NAE_ERA_R-2362_Emakeele_Selts, lk 11
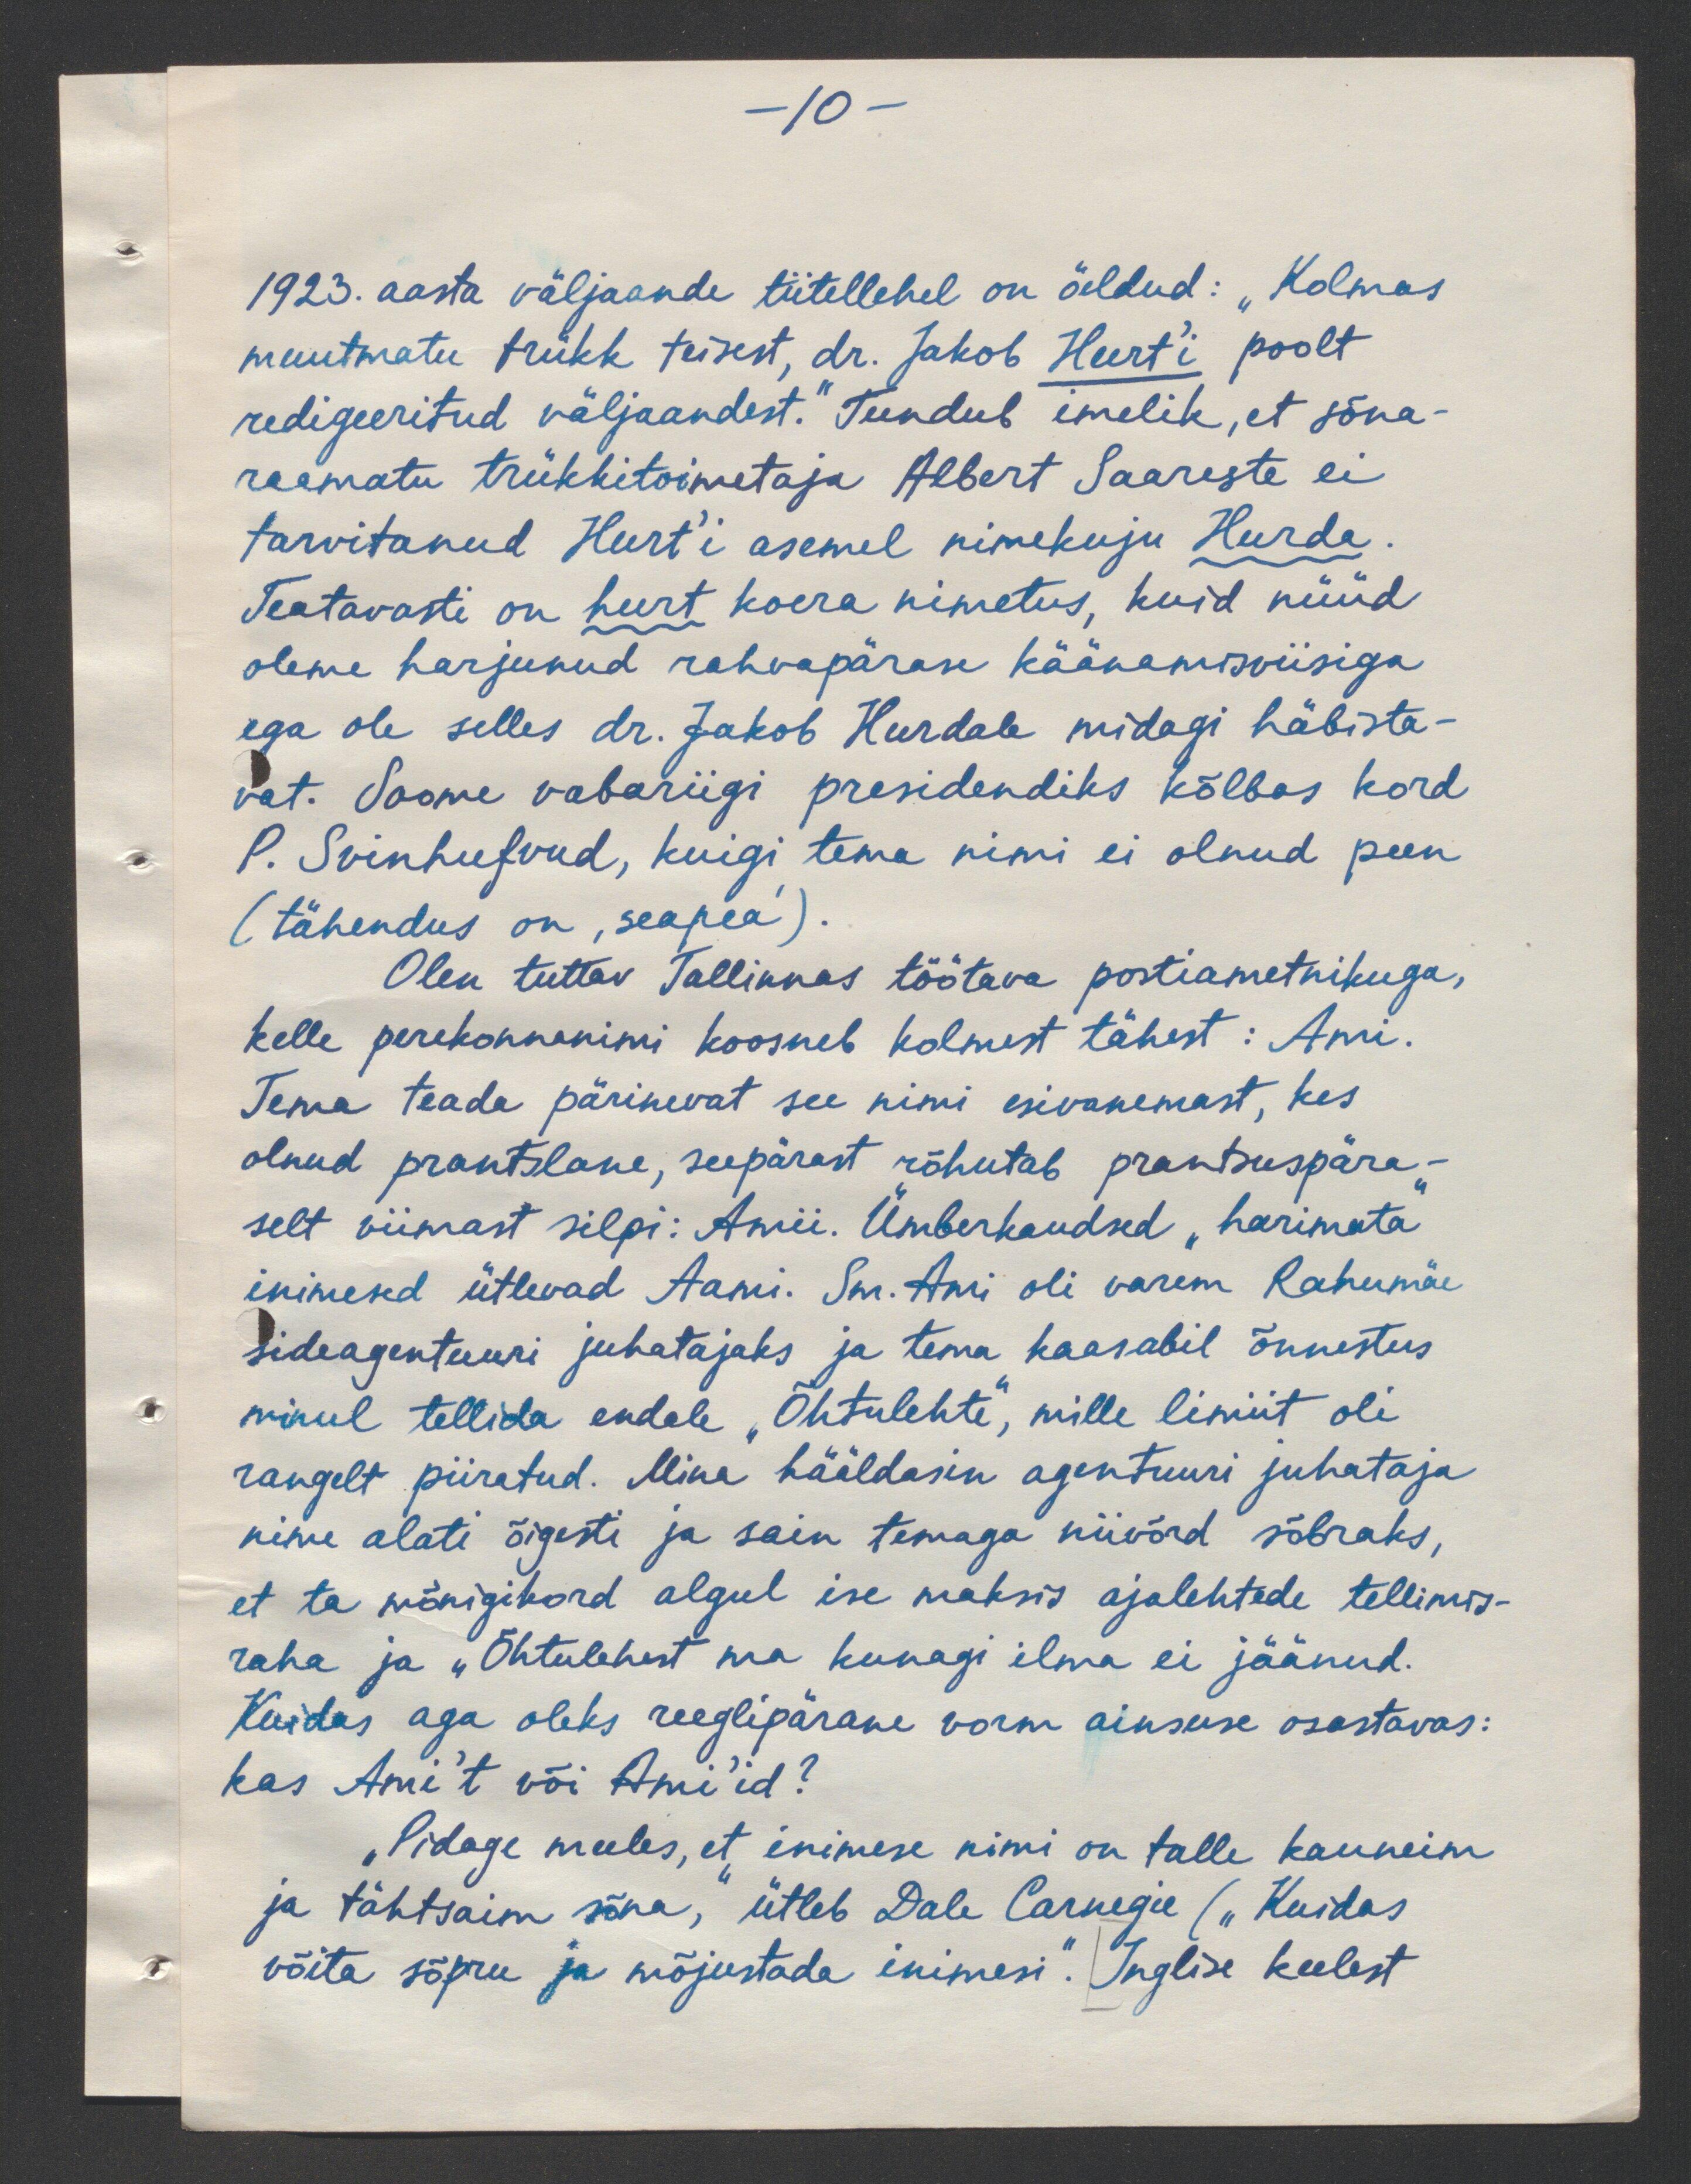
-10 -
1923. aasta väljaande tiitellehel on öeldud: "Kolmas
muutmatu trükk teisest, dr. Jakob Hurt'i poolt
redigeeritud väljaandest." Tundub imelik, et sõna-
raamatu trükkitoimetaja Albert Saareste ei
tarvitanud Hurt'i asemel nimekuju Hurda
Teatavasti on hurt koera nimetus, kuid nüüd
oleme harjunud rahvapärase käänamisviisiga
ega ole selles dr. Jakob Hurdale midagi häbista-
vat. Soome vabariigi presidendiks kõlbas kord
P. Svinhufvud, kuigi tema nimi ei olnud peen
(tähendus on, seapea').
Olen tuttav Tallinnas töötava postiametnikuga,
kelle perekonnanimi koosneb kolmest tähest: Ami
Tema teada pärinevat see nimi esivanemast, kes
olnud prantslane, seepärast rõhutab prantsuspära-
selt viimast silpi: Amii. Ümberkaudsed "harimata"
inimesed ütlevad Aami. Sm. Ami oli varem Rahumäe
sideagentuuri juhatajaks ja tema kaasabil õnnestus
minul tellida endale "Õhtulehte", mille limiit oli
rangelt piiratud. Mina hääldasin agentuuri juhataja
nime alati õigesti ja sain temaga niivõrd sõbraks,
et ta mõnigikord algul ise maksis ajalehtede tellimis-
raha ja "Õhtulehest ma kunagi ilma ei jäänud."
Kuidas aga oleks reeglipärane vorm ainsuse osastavas:
kas Ami't või Ami'd?
"Pidage meeles, et inimese nimi on talle kauneim
ja tähtsaim sõna, ütleb Dale Carnegie ("Kuidas
võita sõpru ja mõjustada inimesi". Inglise keelest